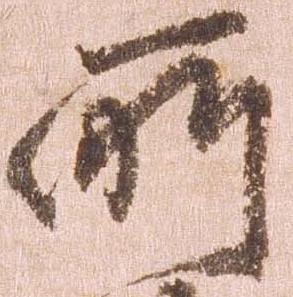
所